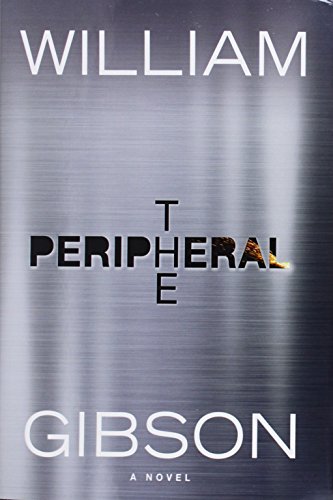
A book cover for The Peripheral; William Gibson; Mystery, Thriller & Suspense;